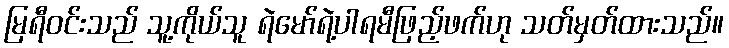
မြရီဝင်းသည် သူ့ကိုယ်သူ ရဲမော်ရဲ့ပါရမီဖြည့်ဖက်ဟု သတ်မှတ်ထားသည်။